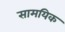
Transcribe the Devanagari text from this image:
सामयिक